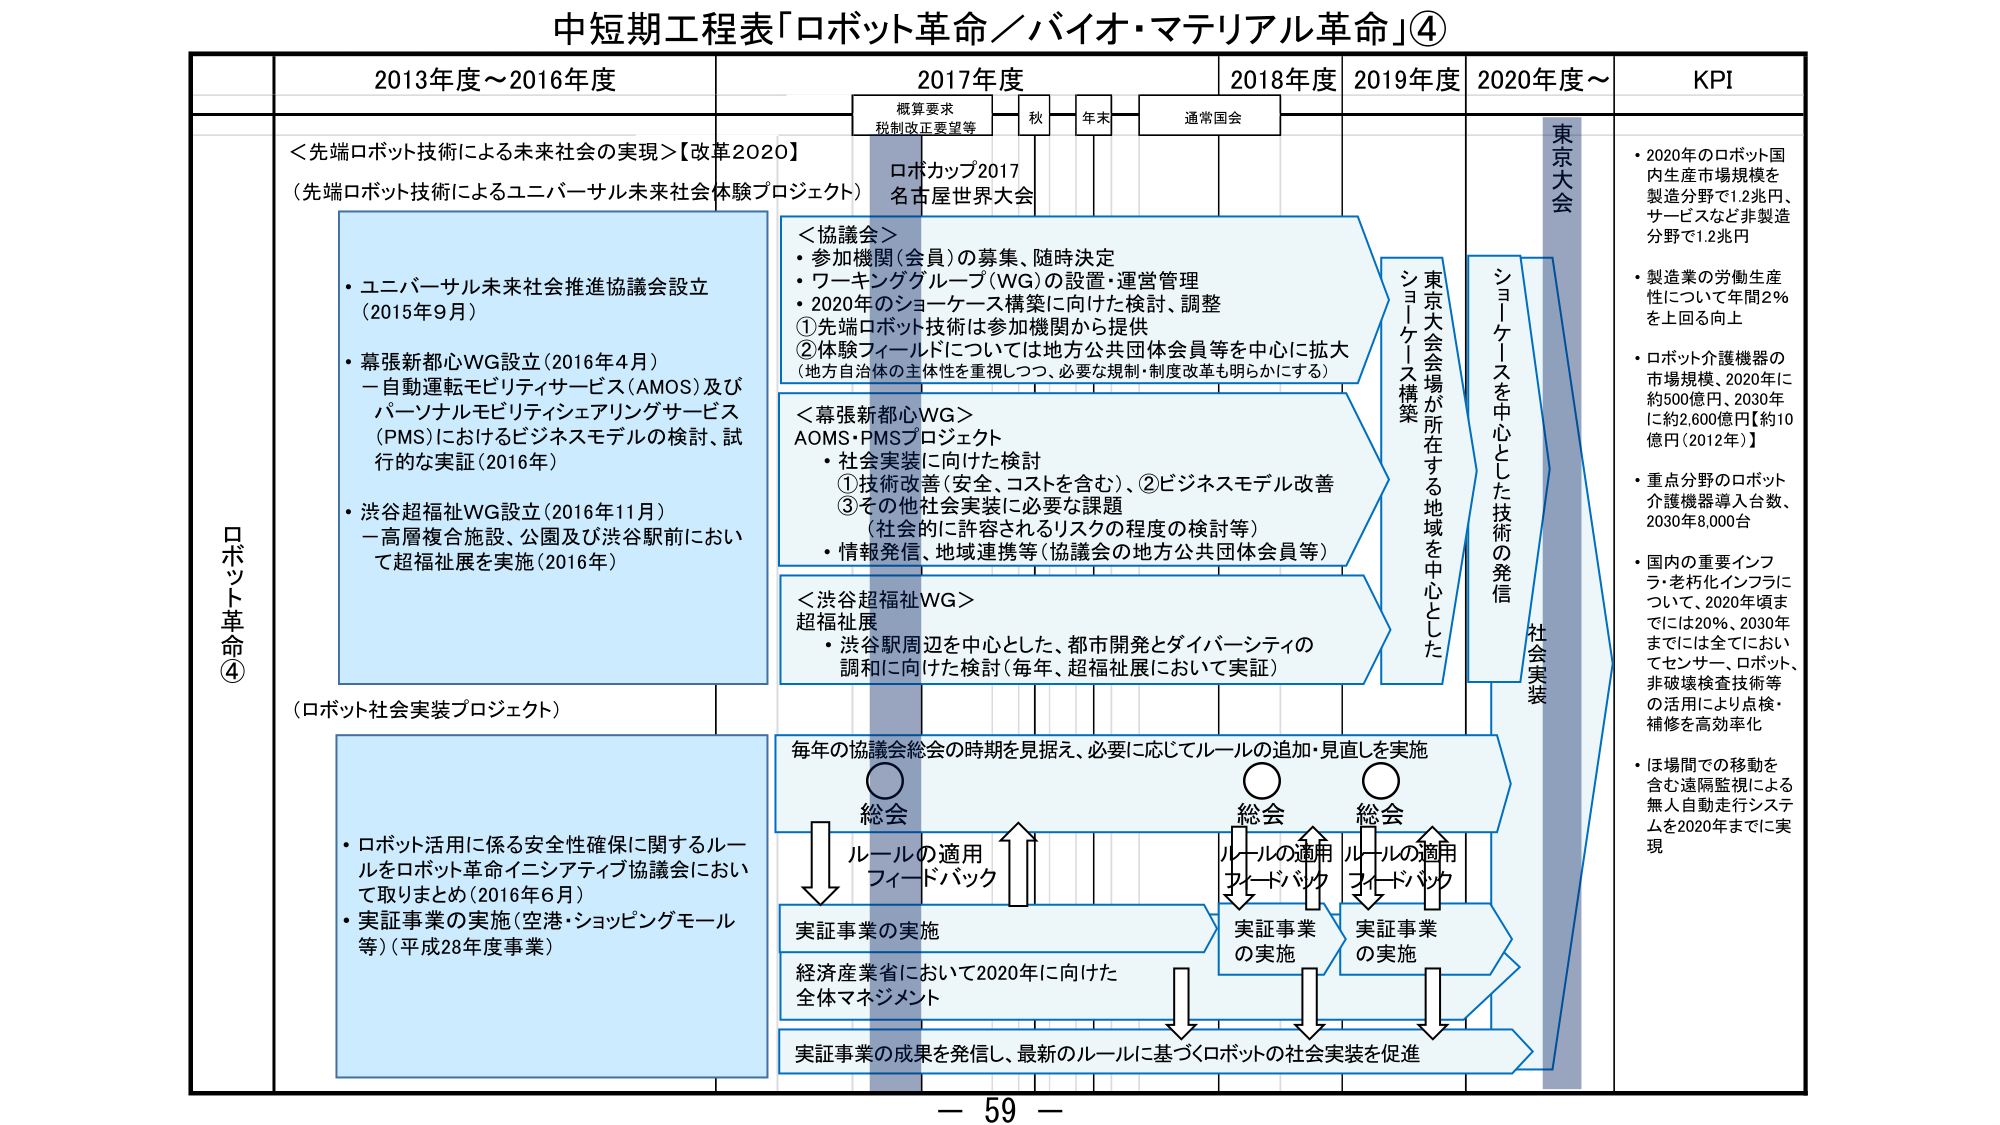
中短期工程表「ロボット革命／バイオ・マテリアル革命」④

2013年度～2016年度
2017年度
2018年度
2019年度
2020年度～
KPI

概算要求
税制改正要望等
秋
年末
通常国会

＜先端ロボット技術による未来社会の実現＞【改革2020】
（先端ロボット技術によるユニバーサル未来社会体験プロジェクト）

ロボカップ2017
名古屋世界大会

＜協議会＞
・参加機関（会員）の募集、随時決定
・ワーキンググループ（WG）の設置・運営管理
・2020年のショーケース構築に向けた検討、調整
①先端ロボット技術は参加機関から提供
②体験フィールドについては地方公共団体会員等を中心に拡大
（地方自治体の主体性を重視しつつ、必要な規制・制度改革も明らかにする）

＜幕張新都心WG＞
AOMS・PMSプロジェクト
・社会実装に向けた検討
①技術改善（安全、コストを含む）、②ビジネスモデル改善
③その他社会実装に必要な課題
（社会的に許容されるリスクの程度の検討等）
・情報発信、地域連携等（協議会の地方公共団体会員等）

＜渋谷超福祉WG＞
超福祉展
・渋谷駅周辺を中心とした、都市開発とダイバーシティの
調和に向けた検討（毎年、超福祉展において実証）

ロボット革命④

（ロボット社会実装プロジェクト）

・ユニバーサル未来社会推進協議会設立
（2015年9月）
・幕張新都心WG設立（2016年4月）
－自動運転モビリティサービス（AMOS）及び
パーソナルモビリティシェアリングサービス
（PMS）におけるビジネスモデルの検討、試
行的な実証（2016年）
・渋谷超福祉WG設立（2016年11月）
－高層複合施設、公園及び渋谷駅前におい
て超福祉展を実施（2016年）

・ロボット活用に係る安全性確保に関するルー
ルをロボット革命イニシアティブ協議会におい
て取りまとめ（2016年6月）
・実証事業の実施（空港・ショッピングモール
等）（平成28年度事業）

毎年の協議会総会の時期を見据え、必要に応じてルールの追加・見直しを実施

総会
ルールの適用
フィードバック

実証事業の実施

経済産業省において2020年に向けた
全体マネジメント

実証事業の成果を発信し、最新のルールに基づくロボットの社会実装を促進

東京大会

ショーケース構築
東京大会会場が所在する地域を中心とした

ショーケースを中心とした技術の発信
社会実装

・2020年のロボット国内生産市場規模を
製造分野で1.2兆円、
サービスなど非製造
分野で1.2兆円

・製造業の労働生産
性について年間2％
を上回る向上

・ロボット介護機器の
市場規模、2020年に
約500億円、2030年
に約2,600億円【約10
億円（2012年）】

・重点分野のロボット
介護機器導入台数、
2030年8,000台

・国内の重要インフ
ラ・老朽化インフラに
ついて、2020年頃ま
では20％、2030年
までには全てにおい
てセンサー、ロボット、
非破壊検査技術等
の活用により点検・
補修を高効率化

・ほ場間での移動を
含む遠隔監視による
無人自動走行システ
ムを2020年までに実
現

－ 59 －